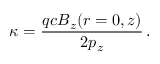
\kappa = \frac { q c B _ { z } ( r = 0 , z ) } { 2 p _ { z } } \, .